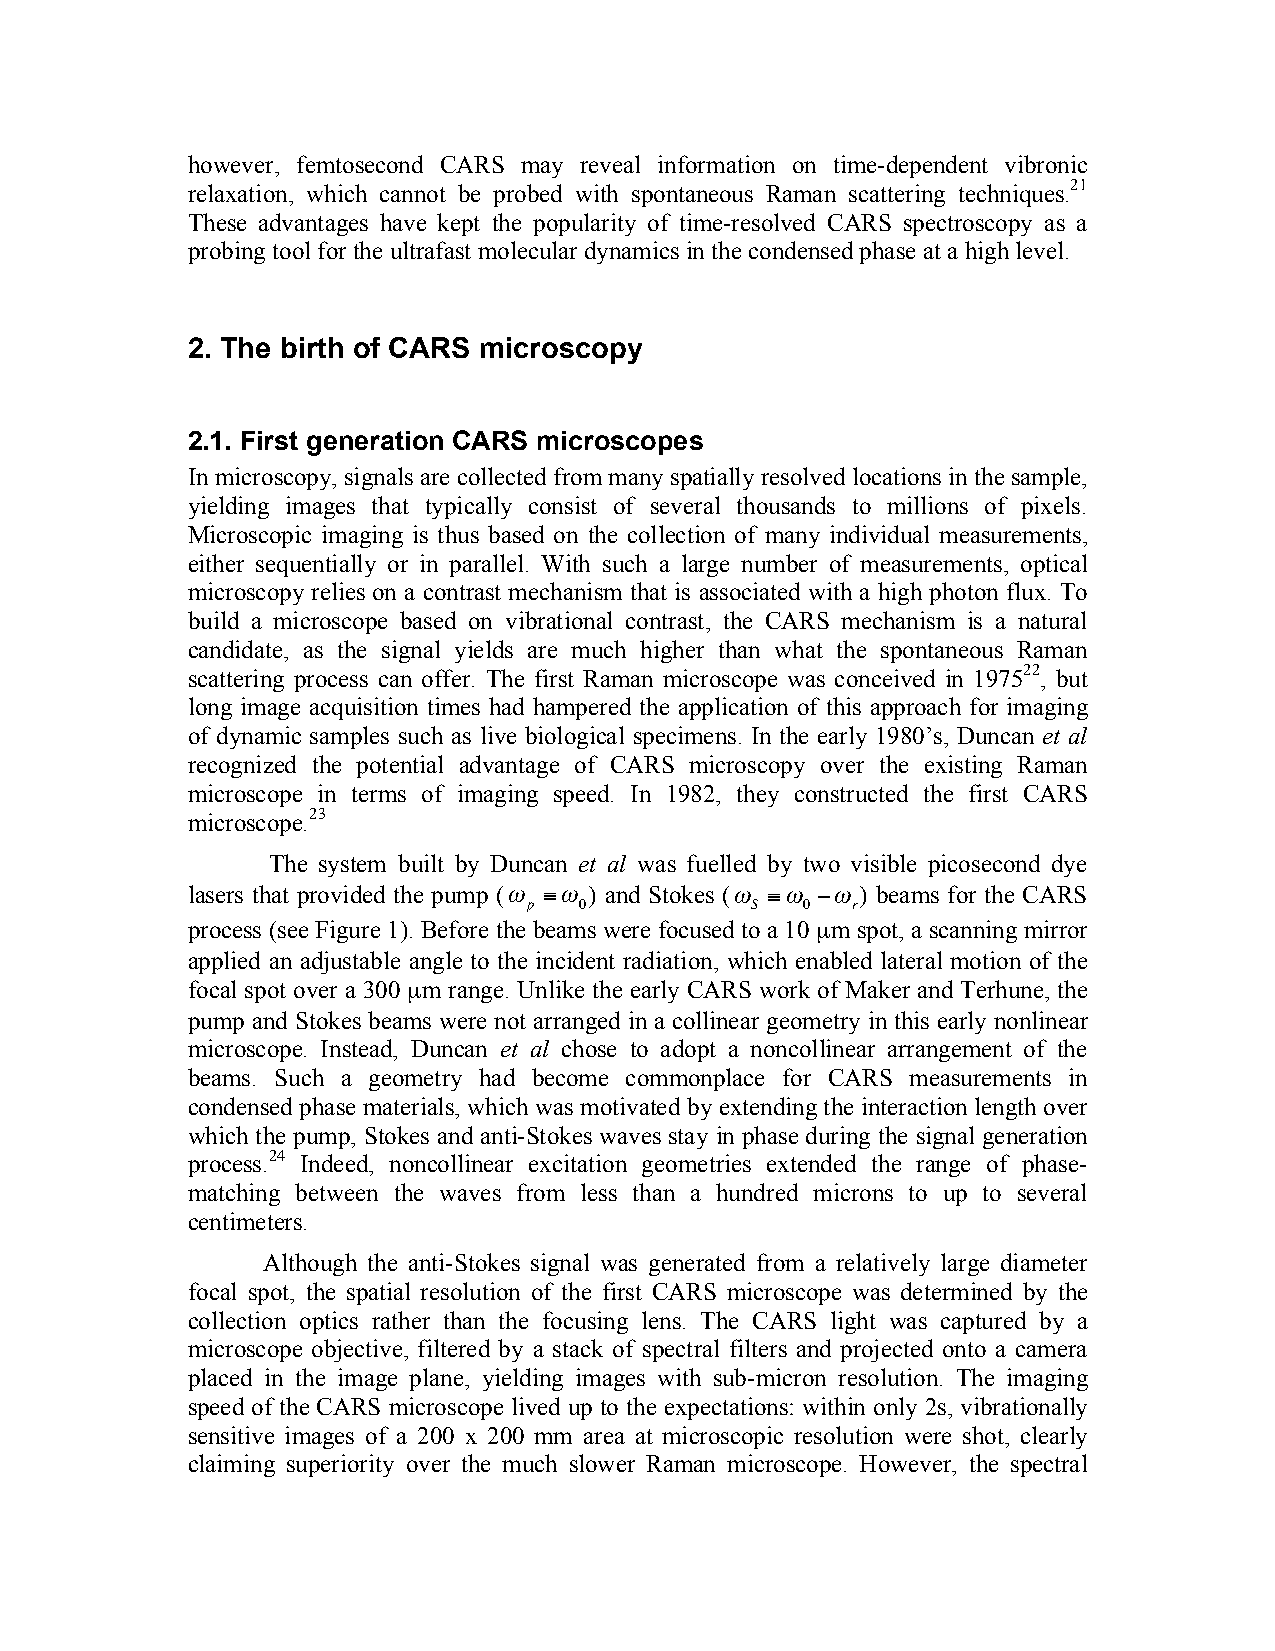
however, femtosecond CARS may reveal information on time-dependent vibronic
 relaxation, which cannot be probed with spontaneous Raman scattering techniques.21
 These advantages have kept the popularity of time-resolved CARS spectroscopy as a
 probing tool for the ultrafast molecular dynamics in the condensed phase at a high level.
 2. The birth of CARS microscopy
 2.1. First generation CARS microscopes
 In microscopy, signals are collected from many spatially resolved locations in the sample,
 yielding images that typically consist of several thousands to millions of pixels.
 Microscopic imaging is thus based on the collection of many individual measurements,
 either sequentially or in parallel. With such a large number of measurements, optical
 microscopy relies on a contrast mechanism that is associated with a high photon flux. To
 build a microscope based on vibrational contrast, the CARS mechanism is a natural
 candidate, as the signal yields are much higher than what the spontaneous Raman
 scattering process can offer. The first Raman microscope was conceived in 197522, but
 long image acquisition times had hampered the application of this approach for imaging
 of dynamic samples such as live biological specimens. In the early 1980’s, Duncan et al
 recognized the potential advantage of CARS microscopy over the existing Raman
 microscope in terms of imaging speed. In 1982, they constructed the first CARS
 microscope.23
 The system built by Duncan et al was fuelled by two visible picosecond dye
 lasers that provided the pump (" #" ) and Stokes (" #" $") beams for the CARS
 p  0           S  0  r
 process (see Figure 1). Before the beams were focused to a 10 µm spot, a scanning mirror
 applied an adjustable angle to the incident radiation, which enabled lateral motion of the
 focal spot over a 300 µm range. Unlike the early CARS work of Maker and Terhune, the
 !              !
 pump and Stokes beams were not arranged in a collinear geometry in this early nonlinear
 microscope. Instead, Duncan et al chose to adopt a noncollinear arrangement of the
 beams. Such a geometry had become commonplace for CARS measurements in
 condensed phase materials, which was motivated by extending the interaction length over
 which the pump, Stokes and anti-Stokes waves stay in phase during the signal generation
 process.24 Indeed, noncollinear excitation geometries extended the range of phase-
 matching between the waves from less than a hundred microns to up to several
 centimeters.
 Although the anti-Stokes signal was generated from a relatively large diameter
 focal spot, the spatial resolution of the first CARS microscope was determined by the
 collection optics rather than the focusing lens. The CARS light was captured by a
 microscope objective, filtered by a stack of spectral filters and projected onto a camera
 placed in the image plane, yielding images with sub-micron resolution. The imaging
 speed of the CARS microscope lived up to the expectations: within only 2s, vibrationally
 sensitive images of a 200 x 200 mm area at microscopic resolution were shot, clearly
 claiming superiority over the much slower Raman microscope. However, the spectral